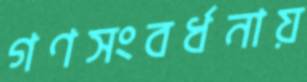
গণসংবর্ধনায়